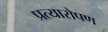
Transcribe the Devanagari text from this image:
प्रत्‍यारोपण